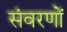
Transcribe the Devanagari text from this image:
संवरणों